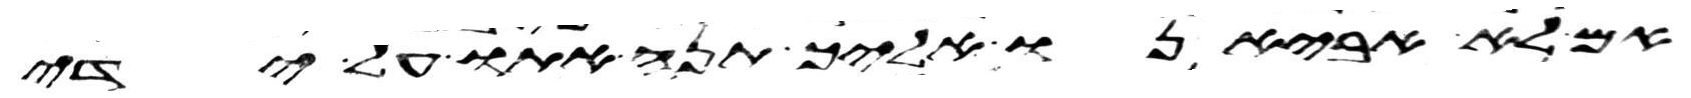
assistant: אם לא אביאנו אליך תנה אתו על ידי